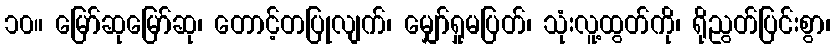
၁၀။ မြော်ဆုမြော်ဆု၊ တောင့်တပြုလျက်၊ မျှော်ရှုမပြတ်၊ သုံးလူ့ထွတ်ကို၊ ရိုညွတ်ပြင်းစွာ၊